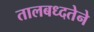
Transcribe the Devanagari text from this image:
तालबध्दतेने